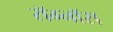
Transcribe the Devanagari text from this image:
रॉग्नॉस